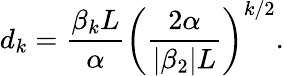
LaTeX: d_{k}=\frac{\beta_{k}L}{\alpha}\left(\frac{2\alpha}{|\beta_{2}|L}\right)^{k/2}.